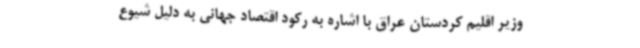
وزیر اقلیم کردستان عراق با اشاره به رکود اقتصاد جهانی به دلیل شیوع